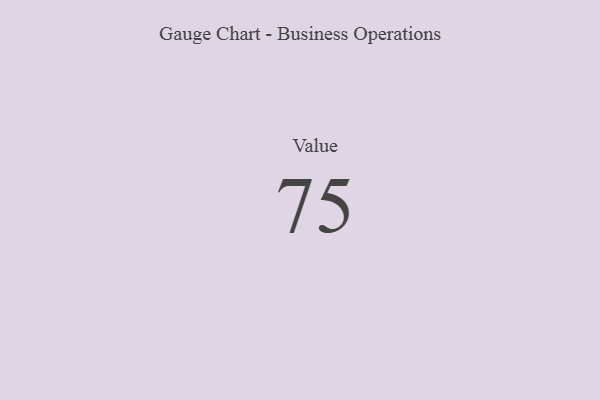
{"axis": {"x": "Metric", "y": "Value"}, "legend": [""], "data": [{"x": "Value", "y": 75, "type": ""}]}